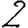
Digit: 2